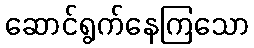
ဆောင်ရွက်နေကြသော